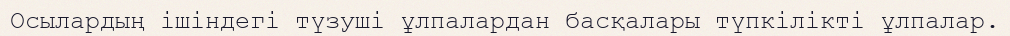
Осылардың ішіндегі түзуші ұлпалардан басқалары түпкілікті ұлпалар.